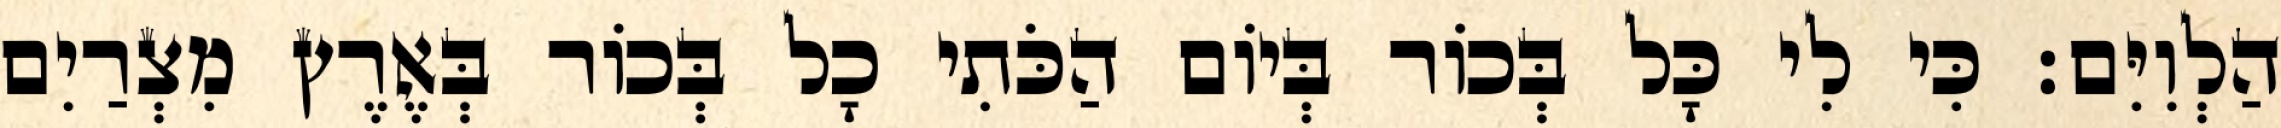
הַלְוִיִּם׃ כִּי לִי כָּל בְּכוֹר בְּיוֹם הַכֹּתִי כָל בְּכוֹר בְּאֶרֶץ מִצְרַיִם